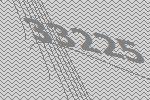
33225